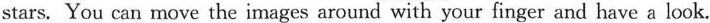
stars. You can move the images around with your finger and have a look.